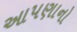
આપણાનો